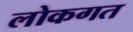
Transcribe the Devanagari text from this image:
लोकगत